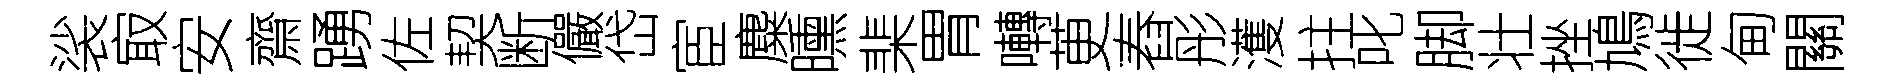
裟㝡安齋踴佐契断儼岱宦麋曛棐胃囀茰舂彤濩拄叱脚壮挫鳩徙甸關